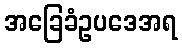
အခြေခံဥပဒေအရ